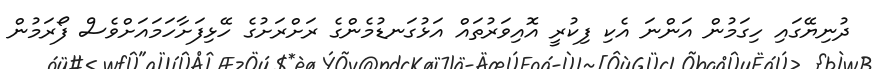
ދުނިޔޭގައި ހިގަމުން އަންނަ އެކި ފިކުރީ އޮއިވަރުތައް އަޅުގަނޑުމެންގެ ރަށްރަށުގެ ހޭޅިފަށާހަމައަށްވެސް ފޯރަމުން